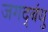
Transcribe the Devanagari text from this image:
जगद्बंधु